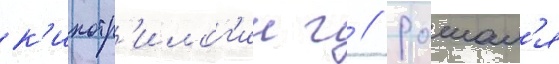
к'инотр'илог'ии г // Рошал'я